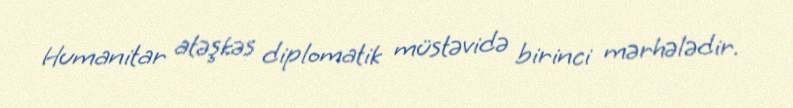
Humanitar atəşkəs diplomatik müstəvidə birinci mərhələdir.